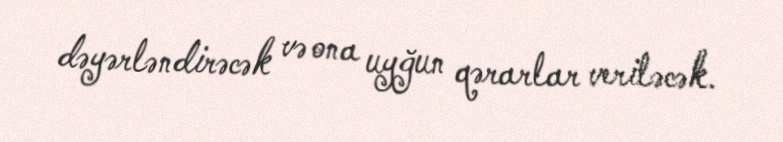
dəyərləndirəcək və ona uyğun qərarlar veriləcək.